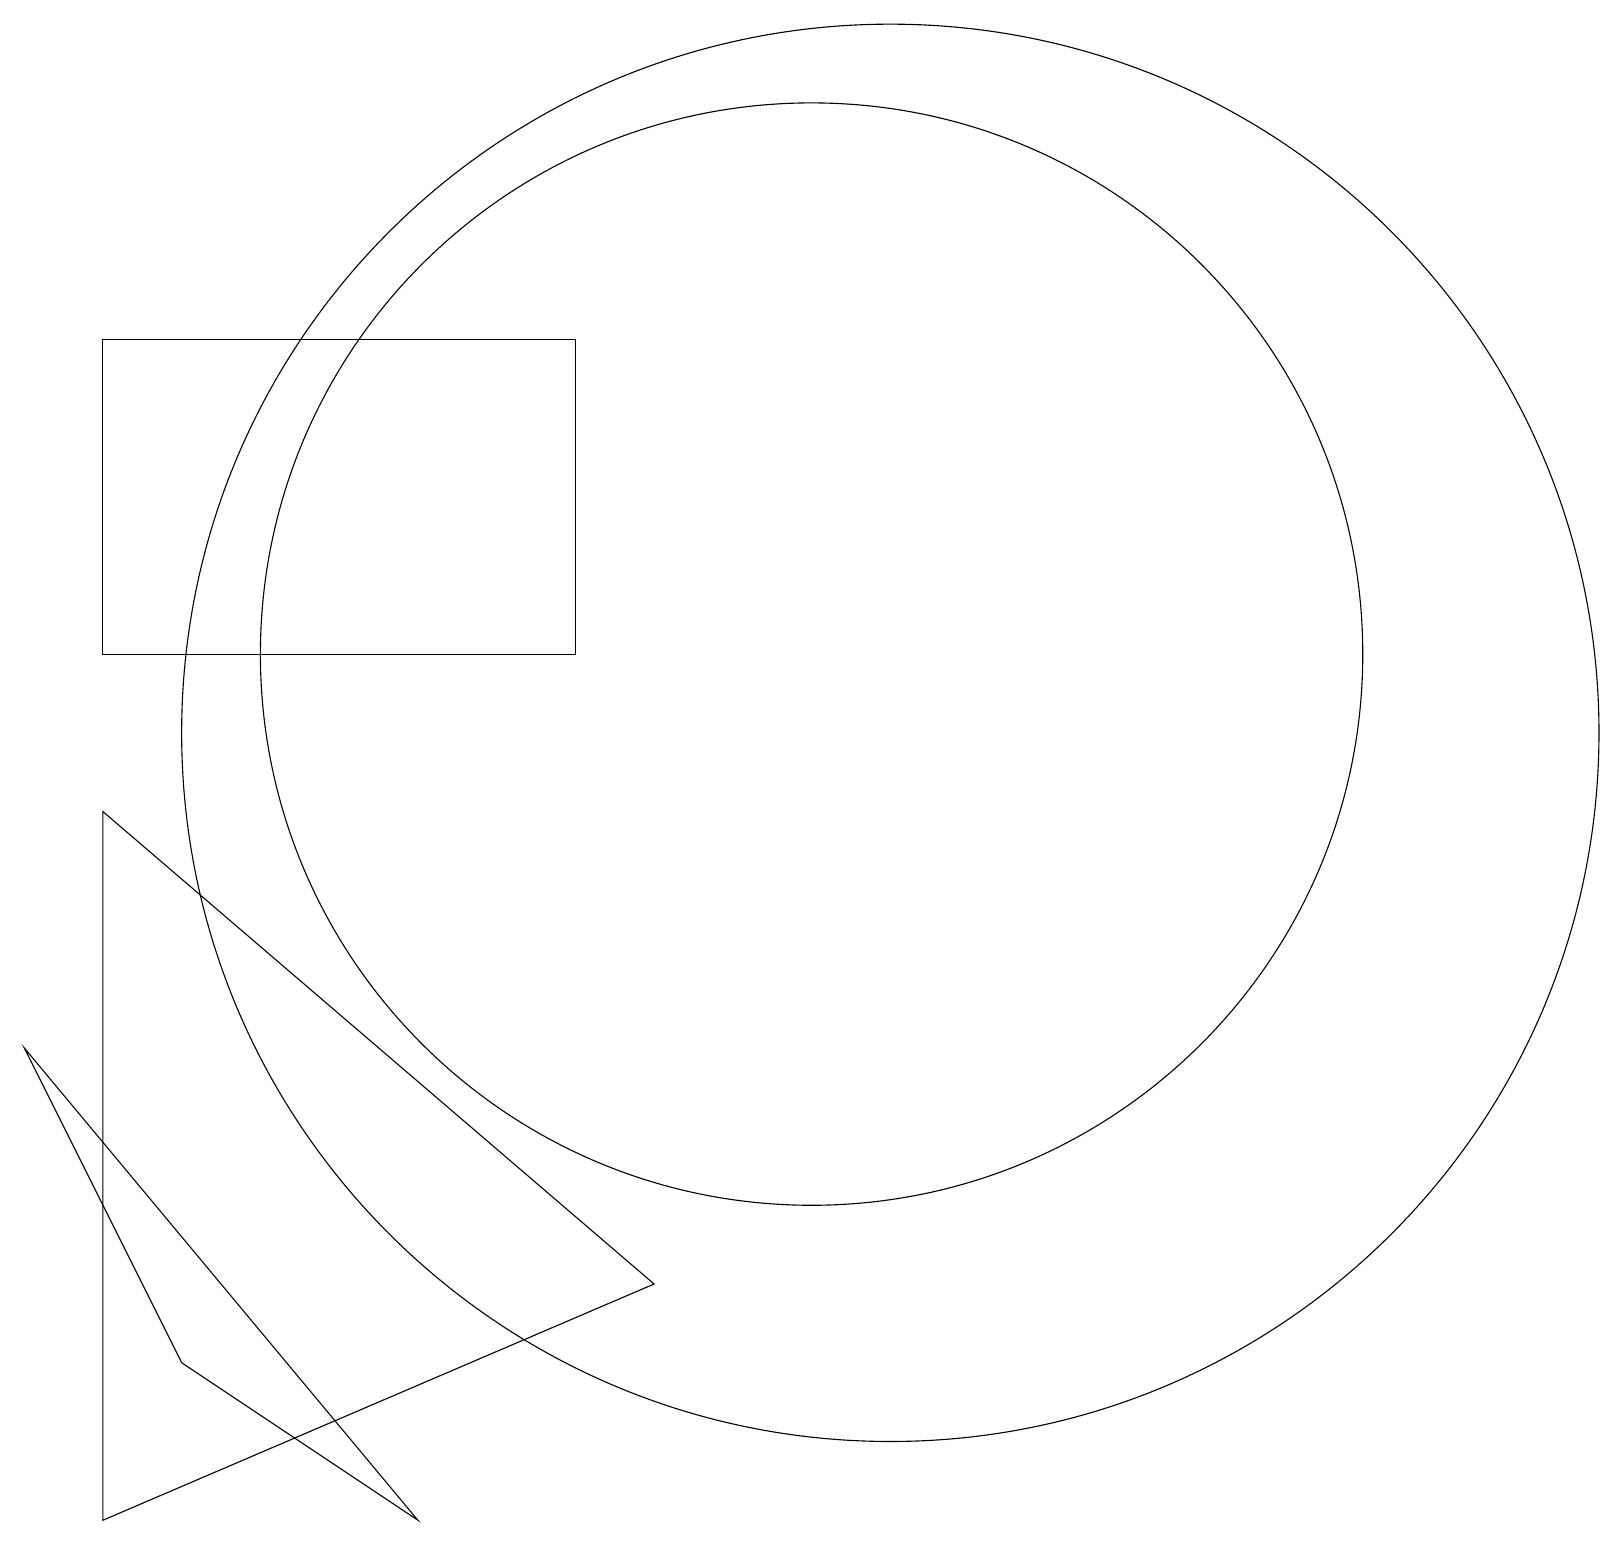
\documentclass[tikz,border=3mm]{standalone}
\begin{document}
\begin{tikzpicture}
\draw (11,11) circle (7);
\draw (2,9) -- (9,3) -- (2,0) -- cycle;
\draw (8,11) rectangle (2,15);
\draw (6,0) -- (1,6) -- (3,2) -- cycle;
\draw (12,10) circle (9);
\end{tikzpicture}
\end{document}